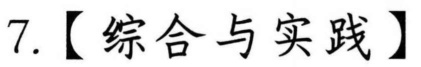
7.【综合与实践】